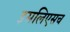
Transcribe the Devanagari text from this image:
इसलिएसच